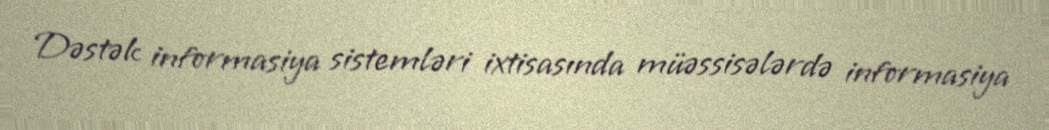
Dəstək informasiya sistemləri ixtisasında müəssisələrdə informasiya